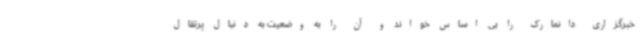
خبرگزاری دانمارک را بی اساس خواند و آن را به وضعیت به دنبال پرتقال